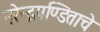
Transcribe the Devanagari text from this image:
नरेन्द्रपण्डिताचे